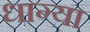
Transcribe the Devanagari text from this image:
धाग्या